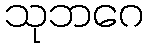
သုဘဂေ